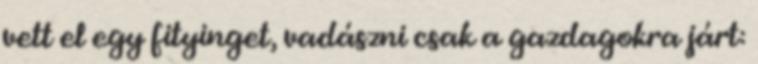
vett el egy fityinget, vadászni csak a gazdagokra járt: